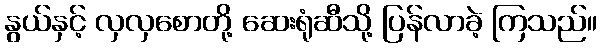
နွယ်နှင့် လှလှစောတို့ ဆေးရုံဆီသို့ ပြန်လာခဲ့ ကြသည်။